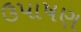
ઉપાષણ